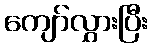
ကျော်လွှားပြီး